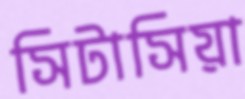
সিটাসিয়া